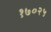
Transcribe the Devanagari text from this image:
१७०२५